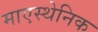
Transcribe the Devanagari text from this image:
माएस्थेनिक